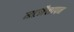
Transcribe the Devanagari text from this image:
मटमैलापन